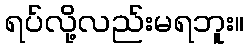
ရပ်လို့လည်းမရဘူး။